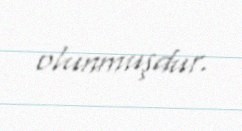
olunmuşdur.